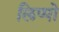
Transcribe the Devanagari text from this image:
लिप्पो